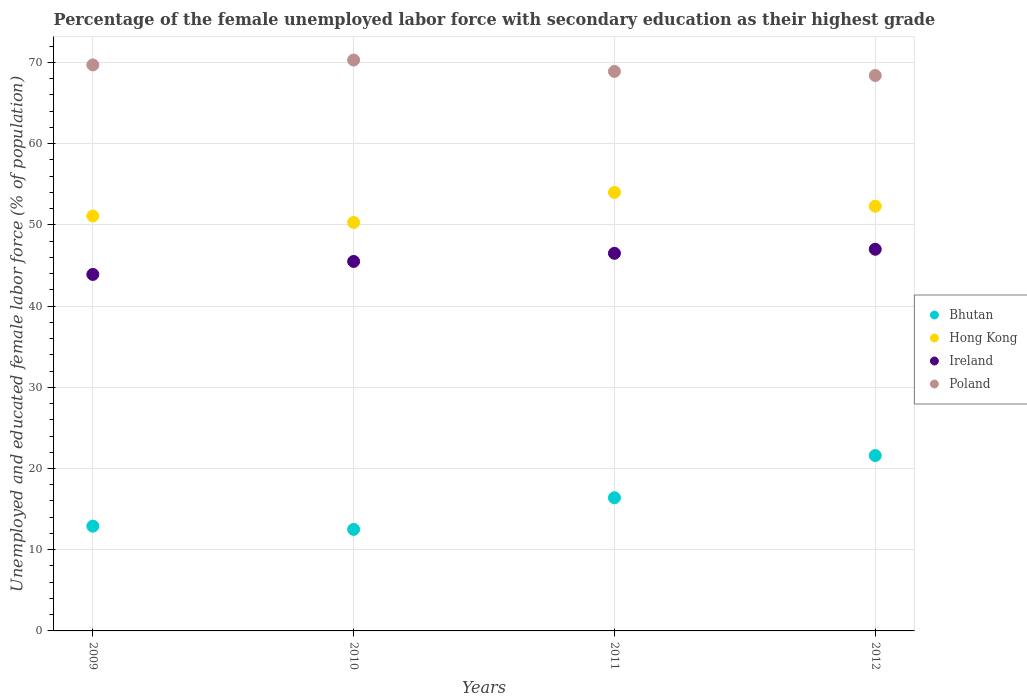
| Years | Bhutan | Hong Kong | Ireland | Poland |
 | --- | --- | --- | --- | --- |
 | 2009 | 12.9 | 51.1 | 43.9 | 69.7 |
 | 2010 | 12.5 | 50.3 | 45.5 | 70.3 |
 | 2011 | 16.4 | 54 | 46.5 | 68.9 |
 | 2012 | 21.6 | 52.3 | 47 | 68.4 |